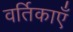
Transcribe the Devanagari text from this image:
वर्तिकाएँ